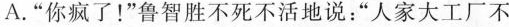
A.”你疯了！”鲁智胜不死不活地说：”人家大工厂不